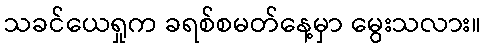
သခင်ယေရှုက ခရစ်စမတ်နေ့မှာ မွေးသလား။